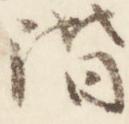
階